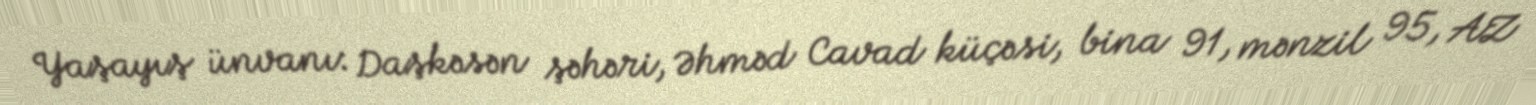
Yaşayış ünvanı: Daşkəsən şəhəri, Əhməd Cavad küçəsi, bina 91, mənzil 95, AZ